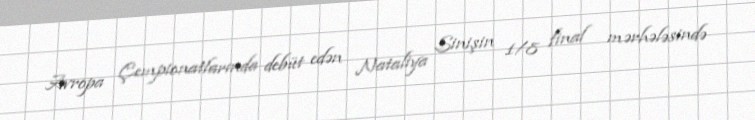
Avropa Çempionatlarında debüt edən Nataliya Sinişin 1/8 final mərhələsində